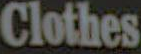
Clothes